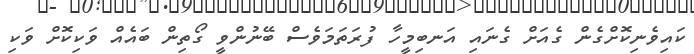
ކައިވެނިކޮށްގެން ގެއަށް ގެނައި އަނބިމީހާ ފުރަތަމަވެސް ބޭނުންވީ ގޯތިން ބައެއް ވަކިކޮށް ވަކި